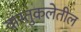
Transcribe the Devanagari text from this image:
वास्तुकलेतील